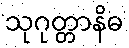
သုဂုတ္တာနိဓ